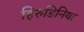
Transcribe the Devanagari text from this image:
हिरुडिनिया